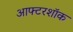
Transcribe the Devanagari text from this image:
आफ्टरशॉक